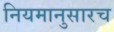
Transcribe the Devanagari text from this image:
नियमानुसारच